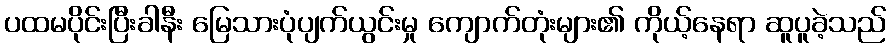
ပထမပိုင်းပြီးခါနီး မြေသားပုံပျက်ယွင်းမှု ကျောက်တုံးများ၏ ကိုယ့်နေရာ ဆူပူခဲ့သည်